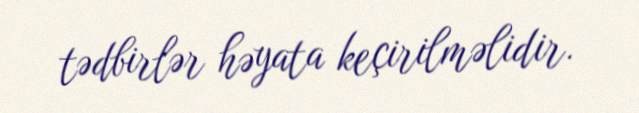
tədbirlər həyata keçirilməlidir.